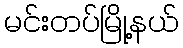
မင်းတပ်မြို့နယ်